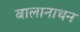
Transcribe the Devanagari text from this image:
बालानाथन